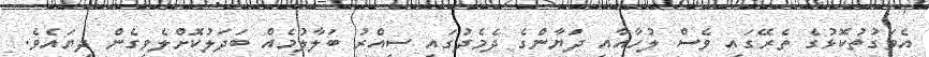
އެވަގުތުކޮޅުގެ ތެރޭގައި ވެސް ލުހާއާއި ދަޔާންގެ ދެމެދުގައި ސިއްރު ބަލާލުމެއް ބަދަލުކޮށްލެވިގެން ދިޔައެވެ.